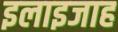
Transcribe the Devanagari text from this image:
इलाइजाह